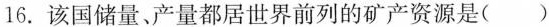
16.该国储量、产量都居世界前列的矿产资源是（）